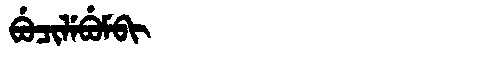
Manchu: ᠪᡠᠴᡳᠯᡝᠪᡠᠮᠪᡳ
Romanization: BUCILEBUMBI